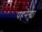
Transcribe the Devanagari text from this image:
पहनेगा।